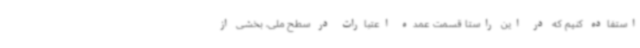
استفاده کنیم که در این راستا قسمت عمده اعتبارات در سطح ملی، بخشی از